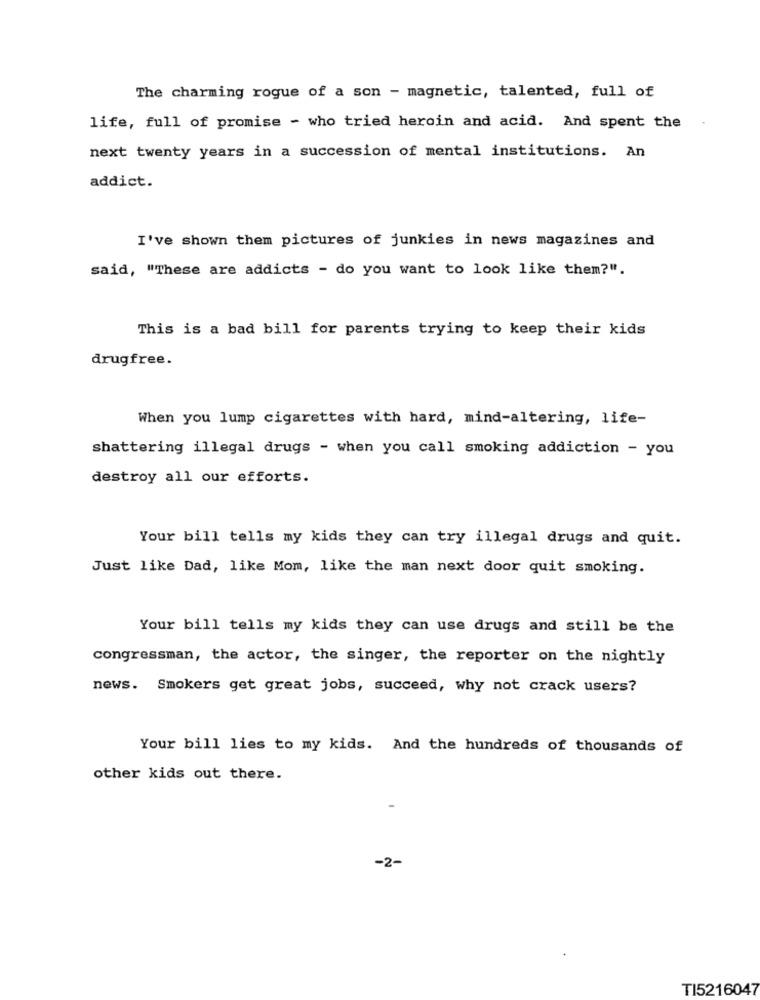
The charming rogue of a son - magnetic, talented, full of
life, full of promise - who tried heroin and acid. And spent the
next twenty years in a succession of mental institutions. An
addict.
I've shown them pictures of junkies in news magazines and
said, "These are addicts - do you want to look like them?".
This is a bad bill for parents trying to keep their kids
drugfree.
When you lump cigarettes with hard, mind-altering, life-
shattering illegal drugs - when you call smoking addiction - you
destroy all our efforts.
Your bill tells my kids they can try illegal drugs and quit.
Just like Dad, like Mom, like the man next door quit smoking.
Your bill tells my kids they can use drugs and still be the
congressman, the actor, the singer, the reporter on the nightly
news. Smokers get great jobs, succeed, why not crack users?
Your bill lies to my kids. And the hundreds of thousands of
other kids out there.
-2-
TI5216047